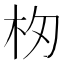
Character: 𣏯